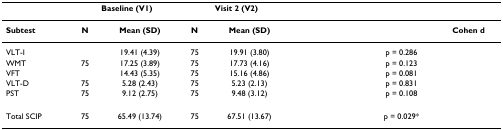
<table><thead><tr><td>[EMPTY_CELL]</td><td colspan="2"><b>Baseline (V1)</b></td><td colspan="2"><b>Visit 2 (V2)</b></td><td>[EMPTY_CELL]</td><td>[EMPTY_CELL]</td><td>[EMPTY_CELL]</td></tr></thead><tbody><tr><td><b>Subtest</b></td><td><b>N</b></td><td><b>Mean (SD)</b></td><td><b>N</b></td><td><b>Mean (SD)</b></td><td colspan="2">[EMPTY_CELL]</td><td><b>Cohen d</b></td></tr><tr><td>VLT-I</td><td>[EMPTY_CELL]</td><td>19.41 (4.39)</td><td>75</td><td>19.91 (3.80)</td><td>[EMPTY_CELL]</td><td>p = 0.286</td><td>[EMPTY_CELL]</td></tr><tr><td>WMT</td><td>75</td><td>17.25 (3.89)</td><td>75</td><td>17.73 (4.16)</td><td>[EMPTY_CELL]</td><td>p = 0.123</td><td>[EMPTY_CELL]</td></tr><tr><td>VFT</td><td>[EMPTY_CELL]</td><td>14.43 (5.35)</td><td>75</td><td>15.16 (4.86)</td><td>[EMPTY_CELL]</td><td>p = 0.081</td><td>[EMPTY_CELL]</td></tr><tr><td>VLT-D</td><td>75</td><td>5.28 (2.43)</td><td>75</td><td>5.23 (2.13)</td><td>[EMPTY_CELL]</td><td>p = 0.831</td><td>[EMPTY_CELL]</td></tr><tr><td>PST</td><td>75</td><td>9.12 (2.75)</td><td>75</td><td>9.48 (3.12)</td><td>[EMPTY_CELL]</td><td>p = 0.108</td><td>[EMPTY_CELL]</td></tr><tr><td>Total SCIP</td><td>75</td><td>65.49 (13.74)</td><td>75</td><td>67.51 (13.67)</td><td>[EMPTY_CELL]</td><td>p = 0.029*</td><td>[EMPTY_CELL]</td></tr></tbody></table>